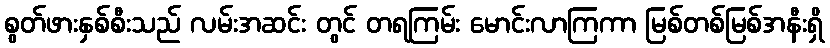
စွတ်ဖားနှစ်စီးသည် လမ်းအဆင်း တွင် တရကြမ်း မောင်းလာကြကာ မြစ်တစ်မြစ်အနီးရှိ